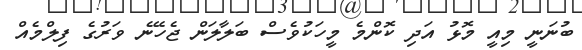
ބުނަނީ މިއީ މޮޅު އަދި ކޮންމެ މީހަކުވެސް ބަލާލަން ޖެހޭނެ ވަރުގެ ފިލްމެއް